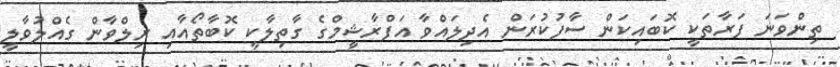
ތިންވަނަ ފަރާތަކީ ކޮބައިކަން ސާފުކުރަން އެދިލައްވާ އަފްރާޝީމްގެ ގާތިލާކީ ކޮބާތޯޯއާއި ރިލްވާން ގެއްލުވާލީ